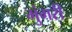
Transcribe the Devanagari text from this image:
मुंगरी